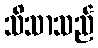
သိသာသည်